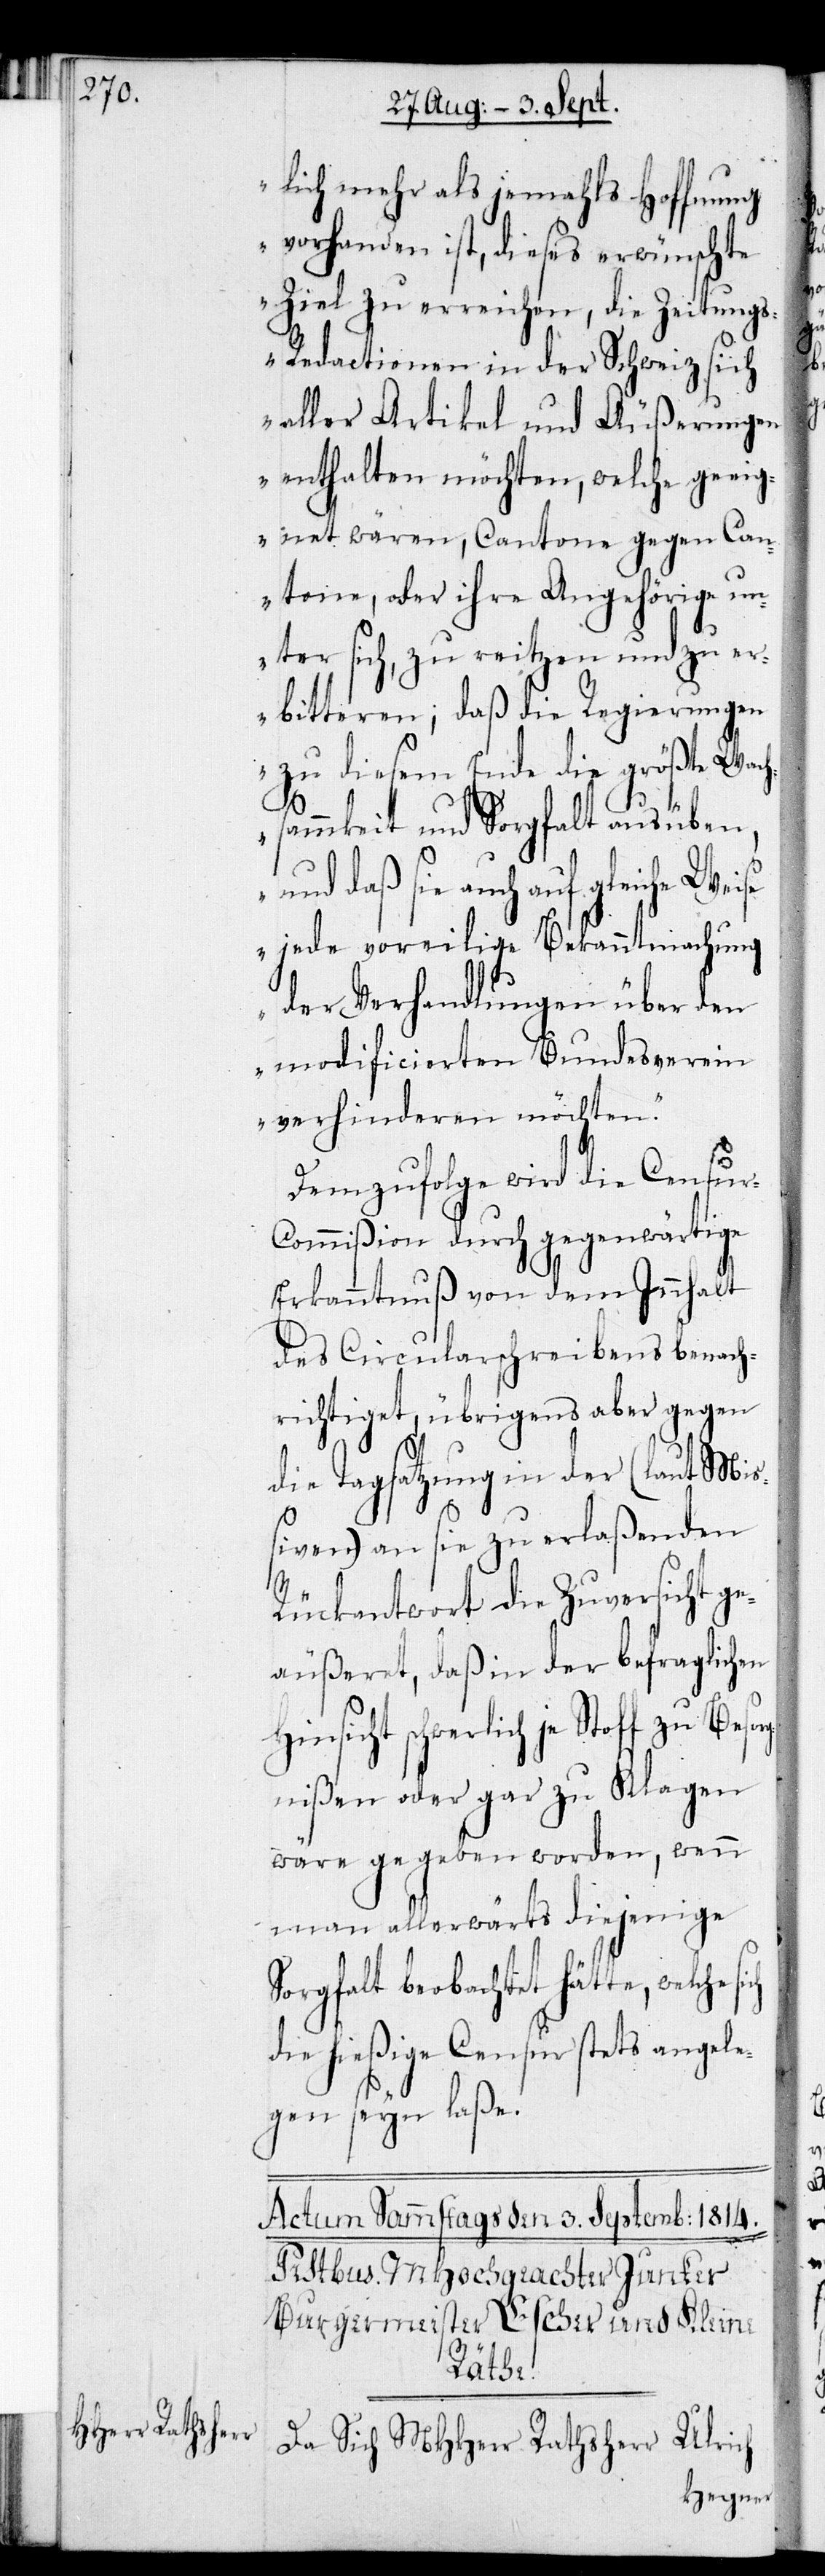
lich mehr als jemahls Hoffnung
vorhanden ist, dieses erwünschte
Ziel zu erreichen, die Zeitung¬
s-Redactionen in der Schweiz sich
aller Artikel und Äußerungen
enthalten möchten, welche geeig¬
net wären, Cantone gegen Can¬
tone, oder ihre Angehörigen
unter sich, zu reitzen und zu er¬
bitteren; daß die Regierungen
zu diesem Ende die größte Wach¬
sammkeit und Sorgfalt ausüben,
und daß sie auch auf gleiche Weise
jede voreilige Bekanntmachung
der Verhandlungen über den
modificierten Bundesverein
verhinderen möchten.“
Demzufolge wird die Censur-C¬
ommißion durch gegenwärtige
Erkanntnuß von dem Innhalt
des Circularschreibens benach¬
richtiget, übrigens aber gegen
die Tagsatzung in der (laut Mi¬
ßiven) an sie zu erlaßenden
Rückantwort die Zuversicht ge¬
äußeret, daß in der befraglichen
Hinsicht schwerlich je Stoff zu
nißen oder gar zu Klagen
wäre gegeben worden, wenn
man allerwärts diejenige
Sorgfalt beobachtet hätte, welche
die hießige Censur stets angele¬
gen seyn laße.
Ulrich
Da Sich MHHerr Rathsherr